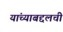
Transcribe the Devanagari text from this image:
यांच्याबद्दलची